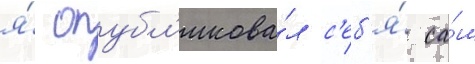
я́ опубл'икова́л с'еб'я́ са́м